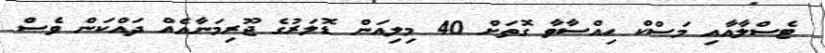
ޓެސްލާއާއި މަސްކް ހިއްސާވާ ގޮތަށް 40 މިލިއަން ޑޮލަރުގެ ޖޫރިމަނާއެއް ދައްކަން ވެސް